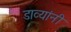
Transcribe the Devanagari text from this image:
डाव्यांनी